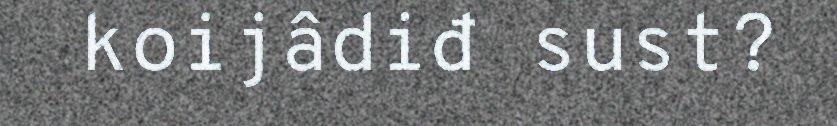
koijâdiđ sust?